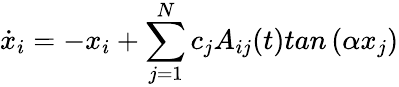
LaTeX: \dot{x}_{i}=-x_{i}+\sum_{j=1}^{N}c_{j}A_{ij}(t)tan\left(\alpha x_{j}\right)